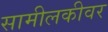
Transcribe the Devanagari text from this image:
सामीलकीवर